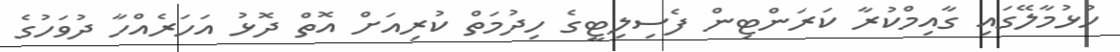
ހުޅުމާލޭގައި ގާއިމްކުރާ ކަރަންޓިން ފެސިލިޓީގެ ހިދުމަތް ކުރިއަށް އޮތް ދޮޅު އަހަރެއްހާ ދުވަހުގެ